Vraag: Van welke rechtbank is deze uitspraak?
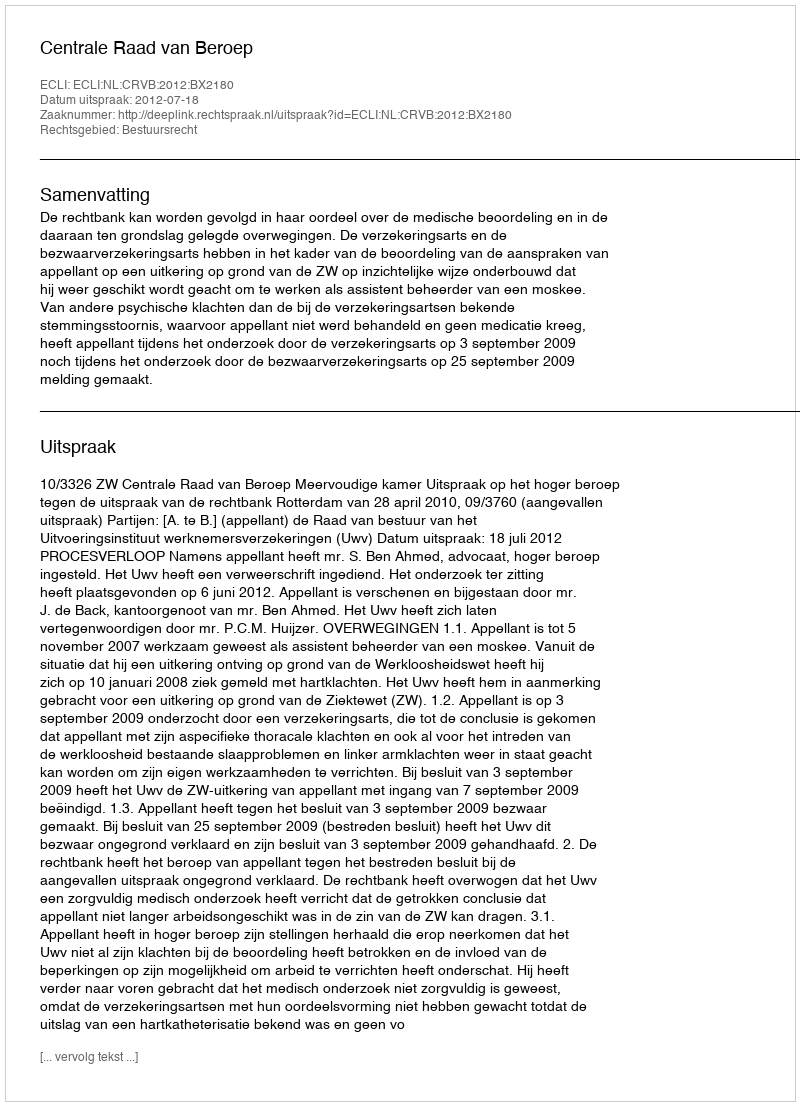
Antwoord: Centrale Raad van Beroep